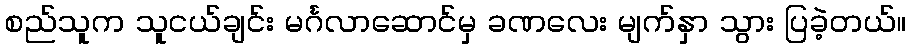
စည်သူက သူငယ်ချင်း မင်္ဂလာဆောင်မှ ခဏလေး မျက်နှာ သွား ပြခဲ့တယ်။